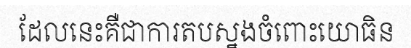
ដែលនេះគឺជាការតបស្នងចំពោះយោធិន